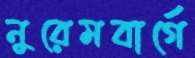
নুরেমবার্গে